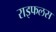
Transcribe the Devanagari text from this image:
राइफलस